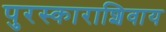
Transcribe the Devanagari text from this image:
पुरस्काराशिवाय